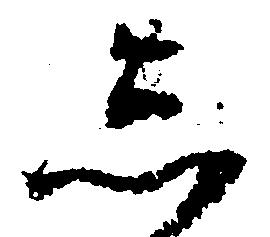
し